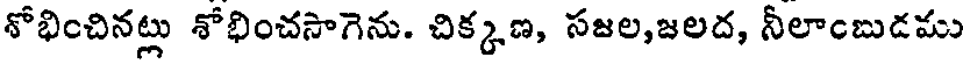
శోభించినట్లు శోభించసాగెను. చిక్కణ, సజల,జలద, నీలాంబుడము